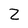
Character: Z